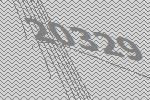
20329